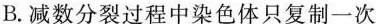
B.减数分裂过程中染色体只复制一次